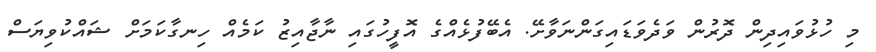
މި ހުޅުވައިދިން ދޮރުން ވަދެވަޑައިގަންނަވާށޭ. އެބޭފުޅެއްގެ އޮފީހުގައި ނާޖާއިޒު ކަމެއް ހިނގާކަމަށް ޝައްކުވިޔަސް